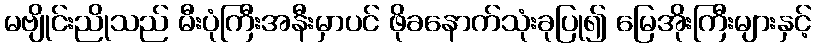
မဗျိုင်းညိုသည် မီးပုံကြီးအနီးမှာပင် ဖိုခနောက်သုံးခုပြု၍ မြေအိုးကြီးများနှင့်